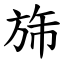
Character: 旆